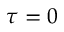
\tau = 0